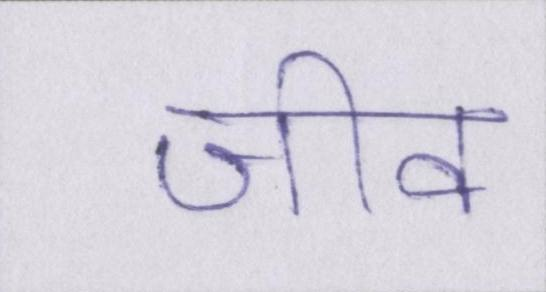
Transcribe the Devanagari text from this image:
जीव